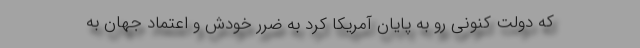
که دولت کنونی رو به پایان آمریکا کرد به ضرر خودش و اعتماد جهان به